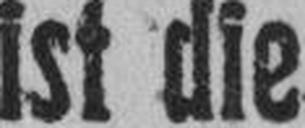
ist die